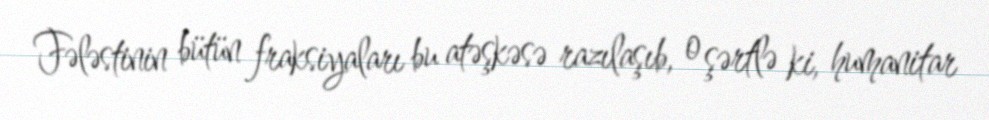
Fələstinin bütün fraksiyaları bu atəşkəsə razılaşıb, o şərtlə ki, humanitar